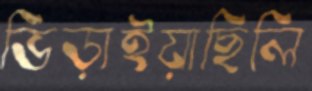
ভিড়াইয়াছিলি